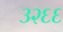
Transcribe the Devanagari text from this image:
३२६६